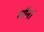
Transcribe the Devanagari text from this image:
लौन।